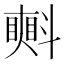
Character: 㪺